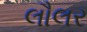
લૌલર